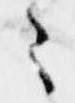
々